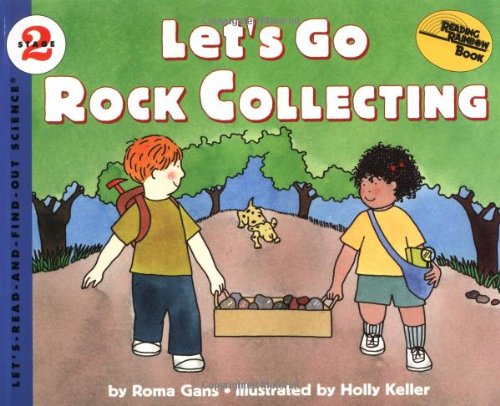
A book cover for Let's Go Rock Collecting (Let'S-Read-And-Find-Out Science. Stage 2); Roma Gans; Science & Math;